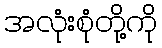
အလုံးစုံတို့ကို